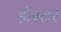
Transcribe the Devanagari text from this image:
हॉस्टर